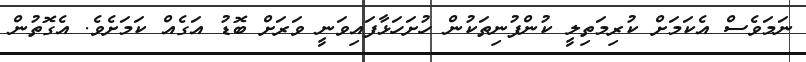
ނަމަވެސް އެކަމަށް ކުރިމަތިލީ ކުންފުނިތަކުން ހުށަހަޅާފައިވަނީ ވަރަށް ބޮޑު އަގެއް ކަމަށެވެ. އެގޮތުން